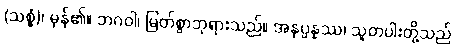
(သစ္စံ)၊ မှန်၏။ ဘဂဝါ၊ မြတ်စွာဘုရားသည်။ အနုပ္ပန္နဿ၊ သူတပါးတို့သည်